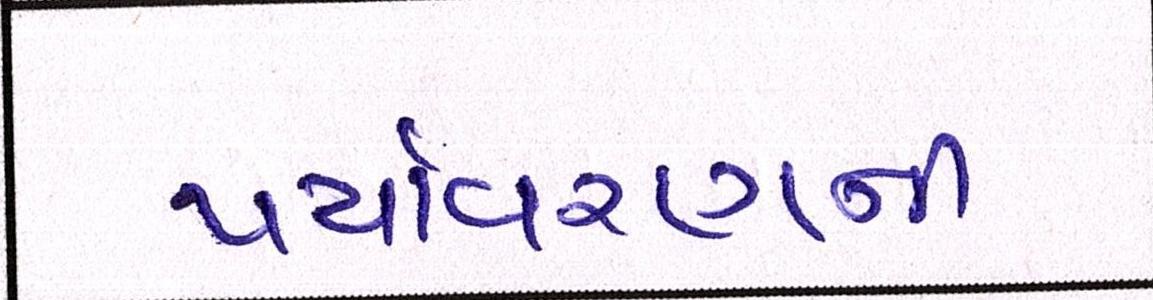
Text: પર્યાવરણની